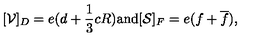
[ { \cal V } ] _ { D } = e ( d + { \frac { 1 } { 3 } } c R ) \mathrm { a n d } [ { \cal S } ] _ { F } = e ( f + \overline { f } ) ,